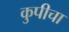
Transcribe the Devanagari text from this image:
कुपीचा